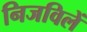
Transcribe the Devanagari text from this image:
निजविलें